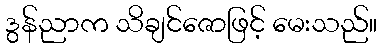
ဒွန်ညာက သိချင်ဇောဖြင့် မေးသည်။